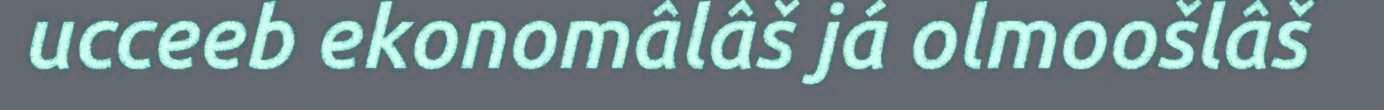
ucceeb ekonomâlâš já olmoošlâš